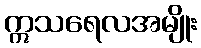
ဣသရေလအမျိုး